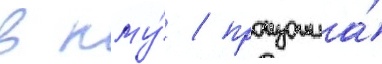
в пму́ / произошла́